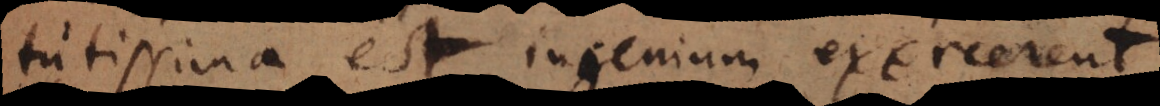
tutissima est, ingenium exercerent